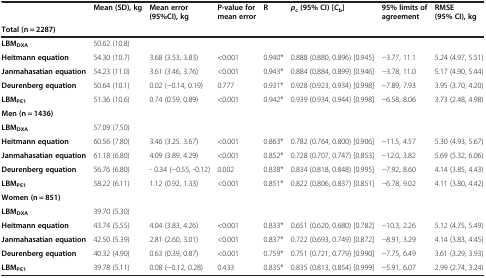
<table><thead><tr><td>[EMPTY_CELL]</td><td><b>Mean (SD), kg</b></td><td><b>Mean error (95%CI), kg</b></td><td><b>P-value for mean error</b></td><td><b>R</b></td><td><b><i>ρ</i><sub>c</sub>(95% CI) [<i>C</i><sub>b</sub>]</b></td><td><b>95% limits of agreement</b></td><td><b>RMSE (95% CI), kg</b></td></tr><tr><td><b>Total (n = 2287)</b></td><td>[EMPTY_CELL]</td><td>[EMPTY_CELL]</td><td>[EMPTY_CELL]</td><td>[EMPTY_CELL]</td><td>[EMPTY_CELL]</td><td>[EMPTY_CELL]</td><td>[EMPTY_CELL]</td></tr></thead><tbody><tr><td><b>LBM</b><sub><b>DXA</b></sub></td><td>50.62 (10.8)</td><td>[EMPTY_CELL]</td><td>[EMPTY_CELL]</td><td>[EMPTY_CELL]</td><td>[EMPTY_CELL]</td><td>[EMPTY_CELL]</td><td>[EMPTY_CELL]</td></tr><tr><td><b>Heitmann equation</b></td><td>54.30 (10.7)</td><td>3.68 (3.53, 3.83)</td><td>&lt;0.001</td><td>0.940*</td><td>0.888 (0.880, 0.896) [0.945]</td><td>-3.77, 11.1</td><td>5.24 (4.97, 5.51)</td></tr><tr><td><b>Janmahasatian equation</b></td><td>54.23 (11.0)</td><td>3.61 (3.46, 3.76)</td><td>&lt;0.001</td><td>0.943*</td><td>0.884 (0.884, 0.899) [0.946]</td><td>-3.78, 11.0</td><td>5.17 (4.90, 5.44)</td></tr><tr><td><b>Deurenberg equation</b></td><td>50.64 (10.1)</td><td>0.02 (-0.14, 0.19)</td><td>0.777</td><td>0.931*</td><td>0.928 (0.923, 0.934) [0.998]</td><td>-7.89, 7.93</td><td>3.95 (3.70, 4.20)</td></tr><tr><td><b>LBM</b><sub><b>PE1</b></sub></td><td>51.36 (10.6)</td><td>0.74 (0.59, 0.89)</td><td>&lt;0.001</td><td>0.942*</td><td>0.939 (0.934, 0.944) [0.998]</td><td>-6.58, 8.06</td><td>3.73 (2.48, 4.98)</td></tr><tr><td><b>Men (n = 1436)</b></td><td>[EMPTY_CELL]</td><td>[EMPTY_CELL]</td><td>[EMPTY_CELL]</td><td>[EMPTY_CELL]</td><td>[EMPTY_CELL]</td><td>[EMPTY_CELL]</td><td>[EMPTY_CELL]</td></tr><tr><td><b>LBM</b><sub><b>DXA</b></sub></td><td>57.09 (7.50)</td><td>[EMPTY_CELL]</td><td>[EMPTY_CELL]</td><td>[EMPTY_CELL]</td><td>[EMPTY_CELL]</td><td>[EMPTY_CELL]</td><td>[EMPTY_CELL]</td></tr><tr><td><b>Heitmann equation</b></td><td>60.56 (7.80)</td><td>3.46 (3.25. 3.67)</td><td>&lt;0.001</td><td>0.863*</td><td>0.782 (0.764, 0.800) [0.906]</td><td>-11.5, 4.57</td><td>5.30 (4.93, 5.67)</td></tr><tr><td><b>Janmahasatian equation</b></td><td>61.18 (6.80)</td><td>4.09 (3.89, 4.29)</td><td>&lt;0.001</td><td>0.852*</td><td>0.728 (0.707, 0.747) [0.853]</td><td>-12.0, 3.82</td><td>5.69 (5.32, 6.06)</td></tr><tr><td><b>Deurenberg equation</b></td><td>56.76 (6.80)</td><td>- 0.34 (-0.55, -0.12)</td><td>0.002</td><td>0.838*</td><td>0.834 (0.818, 0.848) [0.995]</td><td>-7.92, 8.60</td><td>4.14 (3.85, 4.43)</td></tr><tr><td><b>LBM</b><sub><b>PE1</b></sub></td><td>58.22 (6.11)</td><td>1.12 (0.92, 1.33)</td><td>&lt;0.001</td><td>0.851*</td><td>0.822 (0.806, 0.837) [0.851]</td><td>-6.78, 9.02</td><td>4.11 (3.80, 4.42)</td></tr><tr><td><b>Women (n = 851)</b></td><td>[EMPTY_CELL]</td><td>[EMPTY_CELL]</td><td>[EMPTY_CELL]</td><td>[EMPTY_CELL]</td><td>[EMPTY_CELL]</td><td>[EMPTY_CELL]</td><td>[EMPTY_CELL]</td></tr><tr><td><b>LBM</b><sub><b>DXA</b></sub></td><td>39.70 (5.30)</td><td>[EMPTY_CELL]</td><td>[EMPTY_CELL]</td><td>[EMPTY_CELL]</td><td>[EMPTY_CELL]</td><td>[EMPTY_CELL]</td><td>[EMPTY_CELL]</td></tr><tr><td><b>Heitmann equation</b></td><td>43.74 (5.55)</td><td>4.04 (3.83, 4.26)</td><td>&lt;0.001</td><td>0.833*</td><td>0.651 (0.620, 0.680) [0.782]</td><td>-10.3, 2.26</td><td>5.12 (4.75, 5.49)</td></tr><tr><td><b>Janmahasatian equation</b></td><td>42.50 (5.39)</td><td>2.81 (2.60, 3.01)</td><td>&lt;0.001</td><td>0.837*</td><td>0.722 (0.693, 0.749) [0.872]</td><td>-8.91, 3.29</td><td>4.14 (3.83, 4.45)</td></tr><tr><td><b>Deurenberg equation</b></td><td>40.32 (4.90)</td><td>0.63 (0.39, 0.87)</td><td>&lt;0.001</td><td>0.759*</td><td>0.751 (0.721, 0.779) [0.990]</td><td>-7.75, 6.49</td><td>3.61 (3.29, 3.93)</td></tr><tr><td><b>LBM</b><sub><b>PE1</b></sub></td><td>39.78 (5.11)</td><td>0.08 (-0.12, 0.28)</td><td>0.433</td><td>0.835*</td><td>0.835 (0.813, 0.854) [0.999]</td><td>-5.91, 6.07</td><td>2.99 (2.74, 3.24)</td></tr></tbody></table>